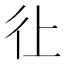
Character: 𱝫